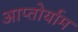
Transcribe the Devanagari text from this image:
आप्‍तोर्याम